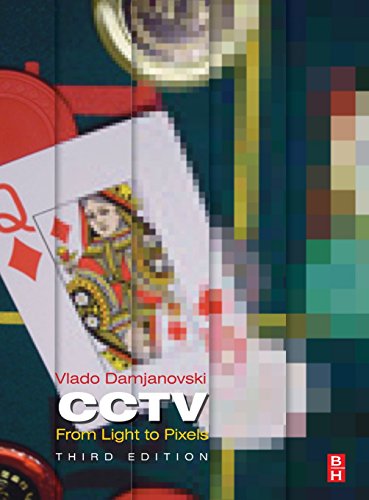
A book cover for CCTV, Third Edition: From Light to Pixels; Vlado Damjanovski; Law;